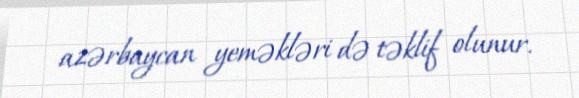
azərbaycan yeməkləri də təklif olunur.